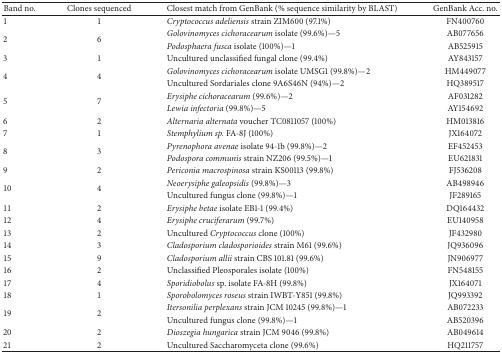
<table><thead><tr><td><b>Band no.</b></td><td><b>Clones sequenced</b></td><td><b>Closest match from GenBank (% sequence similarity by BLAST)</b></td><td><b>GenBank Acc. no.</b></td></tr></thead><tbody><tr><td>1</td><td>1</td><td><i>Cryptococcus adeliensis</i> strain ZIM600 (97.1%) </td><td>FN400760</td></tr><tr><td rowspan="2">2</td><td rowspan="2">6</td><td><i>Golovinomyces cichoracearum</i> isolate (99.6%)—5 </td><td>AB077656</td></tr><tr><td><i>Podosphaera fusca</i> isolate (100%)—1 </td><td>AB525915</td></tr><tr><td>3</td><td>1</td><td>Uncultured unclassified fungal clone (99.4%) </td><td>AY843157</td></tr><tr><td rowspan="2">4</td><td rowspan="2">4</td><td><i>Golovinomyces cichoracearum</i> isolate UMSG1 (99.8%)—2</td><td>HM449077</td></tr><tr><td>Uncultured Sordariales clone 9A6S46N (94%)—2 </td><td>HQ389517</td></tr><tr><td rowspan="2">5</td><td rowspan="2">7</td><td><i>Erysiphe cichoracearum</i> (99.6%)—2 </td><td>AF031282</td></tr><tr><td><i>Lewia infectoria</i> (99.8%)—5</td><td>AY154692</td></tr><tr><td>6</td><td>2</td><td><i>Alternaria alternata</i> voucher TC0811057 (100%) </td><td>HM013816</td></tr><tr><td>7</td><td>1</td><td><i>Stemphylium sp.</i> FA-8J (100%) </td><td>JX164072</td></tr><tr><td rowspan="2">8</td><td rowspan="2">3</td><td><i>Pyrenophora avenae</i> isolate 94-1b (99.8%)—2</td><td>EF452453</td></tr><tr><td><i>Podospora communis</i> strain NZ206 (99.5%)—1</td><td>EU621831</td></tr><tr><td>9</td><td>2</td><td><i>Periconia macrospinosa</i> strain KS00113 (99.8%) </td><td>FJ536208</td></tr><tr><td rowspan="2">10</td><td rowspan="2">4</td><td><i>Neoerysiphe galeopsidis </i>(99.8%)—3</td><td>AB498946</td></tr><tr><td>Uncultured fungus clone (99.8%)—1 </td><td>JF289165</td></tr><tr><td>11</td><td>2</td><td><i>Erysiphe betae</i> isolate EB1-1 (99.4%) </td><td>DQ164432</td></tr><tr><td>12</td><td>4</td><td><i>Erysiphe cruciferarum</i> (99.7%) </td><td>EU140958</td></tr><tr><td>13</td><td>2</td><td>Uncultured <i>Cryptococcus</i> clone (100%) </td><td>JF432980</td></tr><tr><td>14</td><td>3</td><td><i>Cladosporium cladosporioides</i> strain M61 (99.6%) </td><td>JQ936096</td></tr><tr><td>15</td><td>9</td><td><i>Cladosporium allii </i>strain CBS 101.81 (99.6%) </td><td>JN906977</td></tr><tr><td>16</td><td>2</td><td>Unclassified Pleosporales isolate (100%) </td><td>FN548155</td></tr><tr><td>17</td><td>4</td><td><i>Sporidiobolus</i> sp. isolate FA-8H (99.8%) </td><td>JX164071</td></tr><tr><td>18</td><td>1</td><td><i>Sporobolomyces roseus </i>strain IWBT-Y851 (99.8%) </td><td>JQ993392</td></tr><tr><td rowspan="2">19</td><td rowspan="2">2</td><td><i>Itersonilia perplexans</i> strain JCM 10245 (99.8%)—1 </td><td>AB072233</td></tr><tr><td>Uncultured fungus clone (99.8%)—1 </td><td>AB520396</td></tr><tr><td>20</td><td>2</td><td><i>Dioszegia hungarica</i> strain JCM 9046 (99.8%) </td><td>AB049614</td></tr><tr><td>21</td><td>2</td><td>Uncultured Saccharomyceta clone (99.6%) </td><td>HQ211757</td></tr></tbody></table>